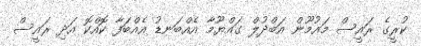
ކުރީގެ ރައީސް މައުމޫން އަބްދުލް ގައްޔޫމާ އެއްބަނޑު އެއްބަފާ ކޮއްކޮ އަދި ރައީސް